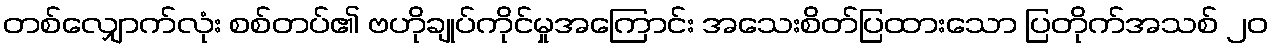
တစ်လျှောက်လုံး စစ်တပ်၏ ဗဟိုချုပ်ကိုင်မှုအကြောင်း အသေးစိတ်ပြထားသော ပြတိုက်အသစ် ၂၀